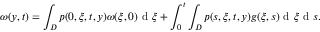
\omega ( y , t ) = \int _ { D } p ( 0 , \xi , t , y ) \omega ( \xi , 0 ) \textrm { d } \xi + \int _ { 0 } ^ { t } \int _ { D } p ( s , \xi , t , y ) g ( \xi , s ) \textrm { d } \xi \textrm { d } s .